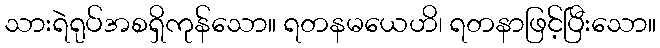
သားရဲရုပ်အစရှိကုန်သော။ ရတနမယေဟိ၊ ရတနာဖြင့်ပြီးသော။